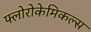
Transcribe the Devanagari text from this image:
फ्लोरोकेमिकल्स